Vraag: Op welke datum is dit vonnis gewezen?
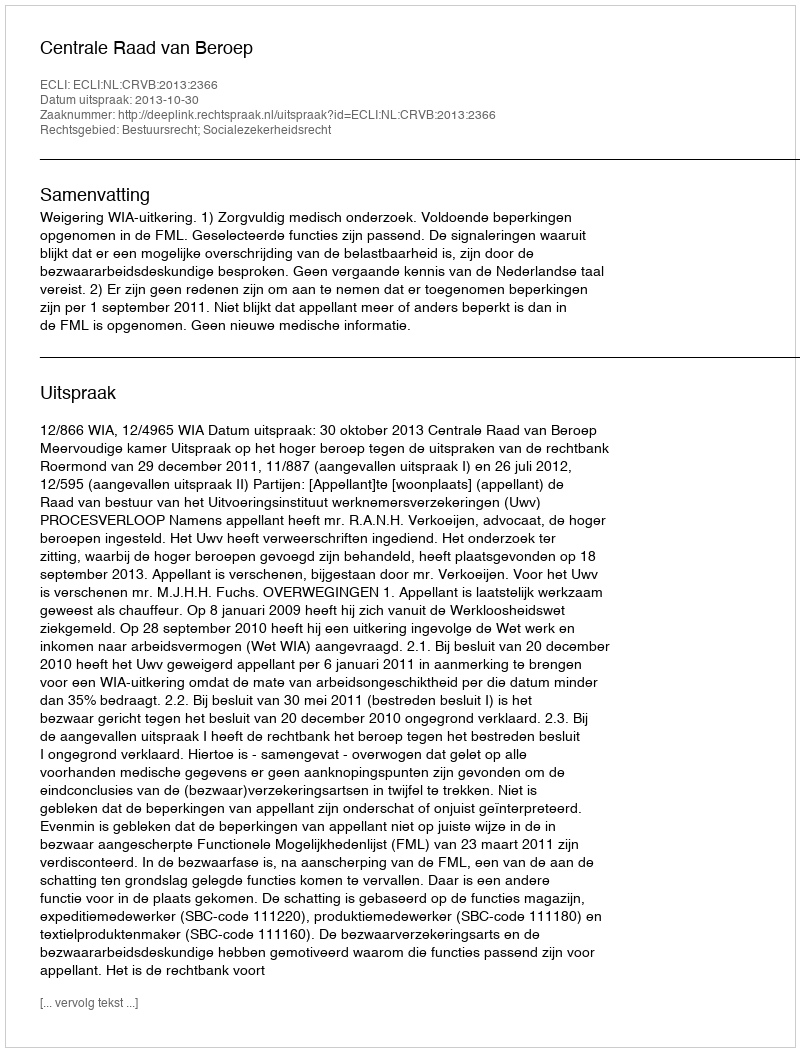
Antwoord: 2013-10-30